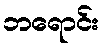
ဘရောင်း